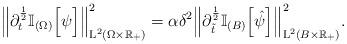
LaTeX: \begin{align*}\Big\Vert \partial_{t}^{\frac{1}{2}}\mathbb{I}_{(\Omega)}\Big[\psi\Big] \Big\Vert_{\mathrm{L}^2(\Omega\times\mathbb{R_+})}^2 = \alpha\delta^2 \Big\Vert\partial_{\Tilde{t}}^{\frac{1}{2}} \mathbb{I}_{(B)}\Big[\hat{\psi}\Big] \Big\Vert_{\mathrm{L}^2(B\times\mathbb{R_+})}^2.\end{align*}